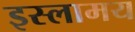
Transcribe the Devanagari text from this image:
इस्लामय